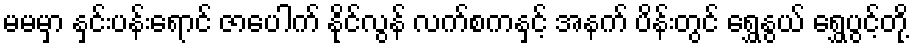
မမမှာ နှင်းပန်းရောင် ဇာပေါက် နိုင်လွန် လက်စကနှင့် အနက် ပိန်းတွင် ရွှေနွယ် ရွှေပွင့်တို့